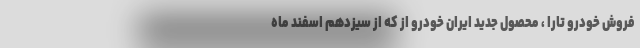
فروش خودرو تارا ، محصول جدید ایران خودرو از که از سیزدهم اسفند ماه